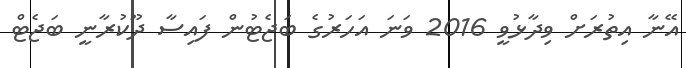
އޭނާ އިތުރަށް ވިދާޅުވީ 2016 ވަނަ އަހަރުގެ ބަޖެޓުން ފައިސާ ދޫކުރާނީ ބަޖެޓް